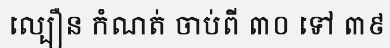
ល្បឿន កំណត់ ចាប់ពី ៣០ ទៅ ៣៩